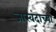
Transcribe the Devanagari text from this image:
जास्वंदाच्या